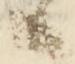
候